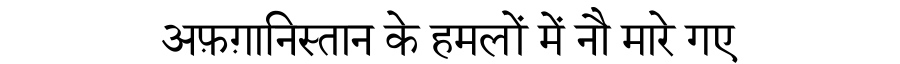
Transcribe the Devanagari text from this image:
अफ़ग़ानिस्तान के हमलों में नौ मारे गए